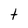
Character: t